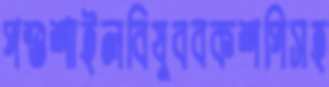
পশুশাইলবিষুববকশপিসহ